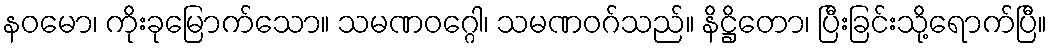
နဝမော၊ ကိုးခုမြောက်သော။ သမဏဝဂ္ဂေါ၊ သမဏဝဂ်သည်။ နိဋ္ဌိတော၊ ပြီးခြင်းသို့ရောက်ပြီ။